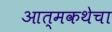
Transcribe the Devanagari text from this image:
आत्मकथेचा